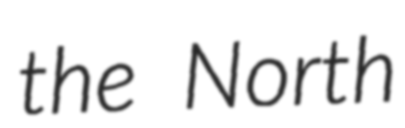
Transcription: the North